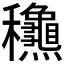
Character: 𥤛